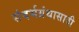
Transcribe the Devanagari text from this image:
संदर्भग्रंथासाठी